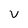
Character: V